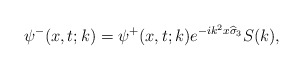
\begin{align*}\psi^-(x,t;k)=\psi^+(x,t;k)e^{-ik^2x\widehat{\sigma}_3}S(k),\end{align*}